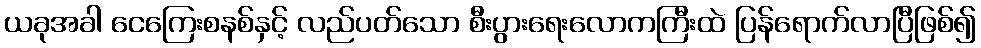
ယခုအခါ ငေကြေးစနစ်နှင့် လည်ပတ်သော စီးပွားရေးလောကကြီးထဲ ပြန်ရောက်လာပြီဖြစ်၍